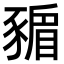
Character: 𧱸